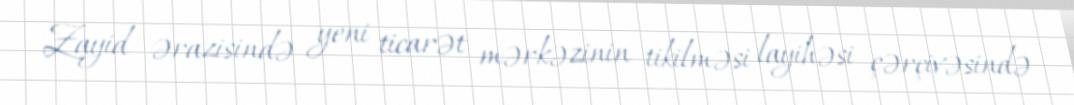
Zayid ərazisində yeni ticarət mərkəzinin tikilməsi layihəsi çərçivəsində